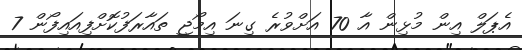
އެޕަލް އިން މުޅިން އާ 70 އަށްވުރެ ގިނަ އިމޯޖީ ތައާރަފުކޮށްފިއައިފޯން 7